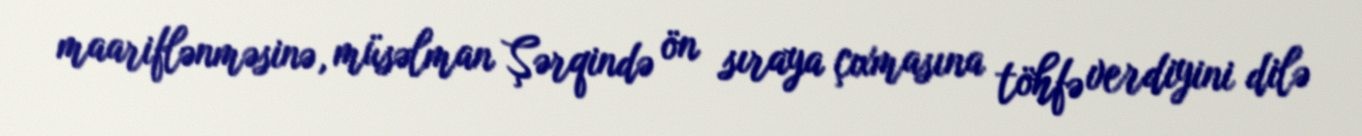
maariflənməsinə, müsəlman Şərqində ön sıraya çıxmasına töhfə verdiyini dilə